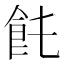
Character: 𩚊